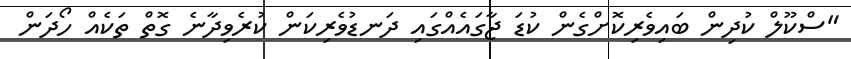
"ސްކޫލް ކުދިން ބައިވެރިކޮށްގެން ކުޑަ ޖާގައެއްގައި ދަނޑުވެރިކަން ކުރެވިދާނެ ގޮތް ތަކެއް ހޯދަން